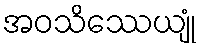
အဝသိဿေယျုံ